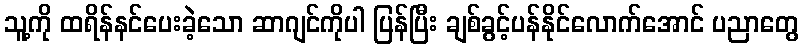
သူ့ကို ထရိန်နင်ပေးခဲ့သော ဆာဂျင်ကိုပါ ပြန်ပြီး ချစ်ခွင့်ပန်နိုင်လောက်အောင် ပညာတွေ